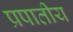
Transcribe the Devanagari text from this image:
प्रपातीय